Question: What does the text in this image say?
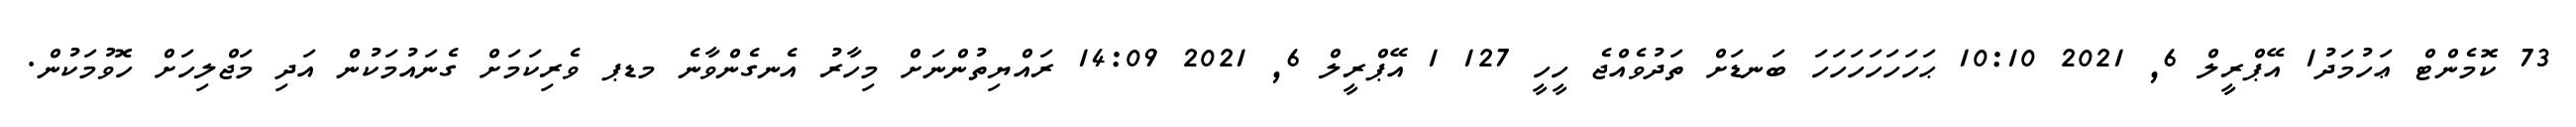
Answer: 73 ކޮމެންޓް ޢަހުމަދު1 އޭޕްރީލް 6, 2021 10:10 ޙަހަހަހަހަހަހަ ބަނޑަށް ތަދުވެއްޖެ ހީހީ 127 1 އޭޕްރީލް 6, 2021 14:09 ރައްޔިތުންނަށް މިހާރު އެނގެންވާނެ މޑޕ ވެރިކަމަށް ގެނައުމަކުން އަދި މަޖްލިހަށް ހޮވުމަކުން.